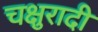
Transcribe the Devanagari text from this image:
चक्षुरादी